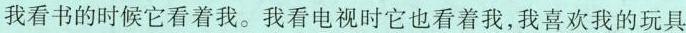
我看书的时候它看着我。我看电视时它也看着我，我喜欢我的玩具